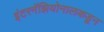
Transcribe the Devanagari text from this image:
इंटरनॅझियोनालकडून